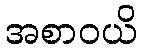
အစာဝယိ